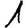
Digit: 1